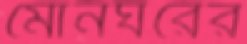
মোনঘরের